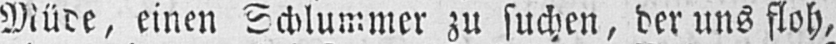
Müde, einen Schlummer zu suchen, der uns floh,